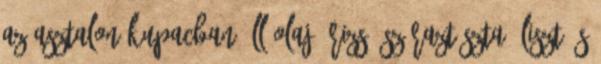
Az asztalon kupacban áll olaj, rizs, száraztészta, liszt és